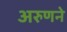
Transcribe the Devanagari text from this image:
अरुणने